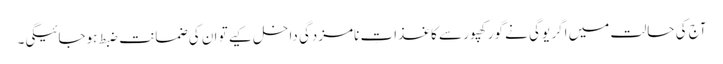
آج کی حالت میں اگر یوگی نے گورکھپور سے کاغذاتِ نامزدگی داخل کیے تو ان کی ضمانت ضبط ہوجائیگی۔